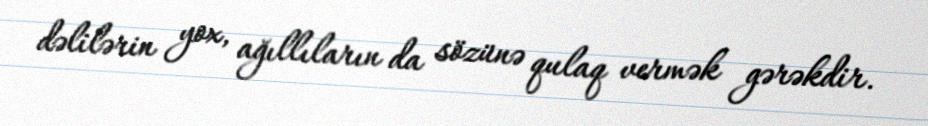
dəlilərin yox, ağıllıların da sözünə qulaq vermək gərəkdir.